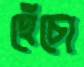
হেঁচো